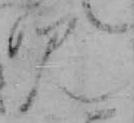
み